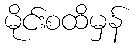
မိုင်းစထိမှန်